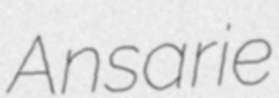
Ansarie